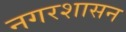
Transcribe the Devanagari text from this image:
नगरशासन